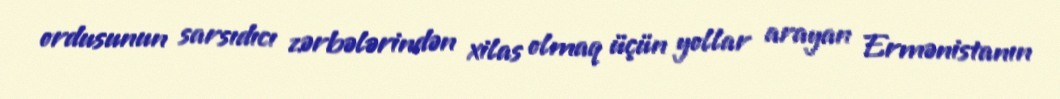
ordusunun sarsıdıcı zərbələrindən xilas olmaq üçün yollar arayan Ermənistanın